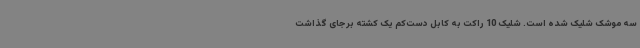
سه موشک شلیک شده است. شلیک 10 راکت به کابل دست‌کم یک کشته برجای گذاشت